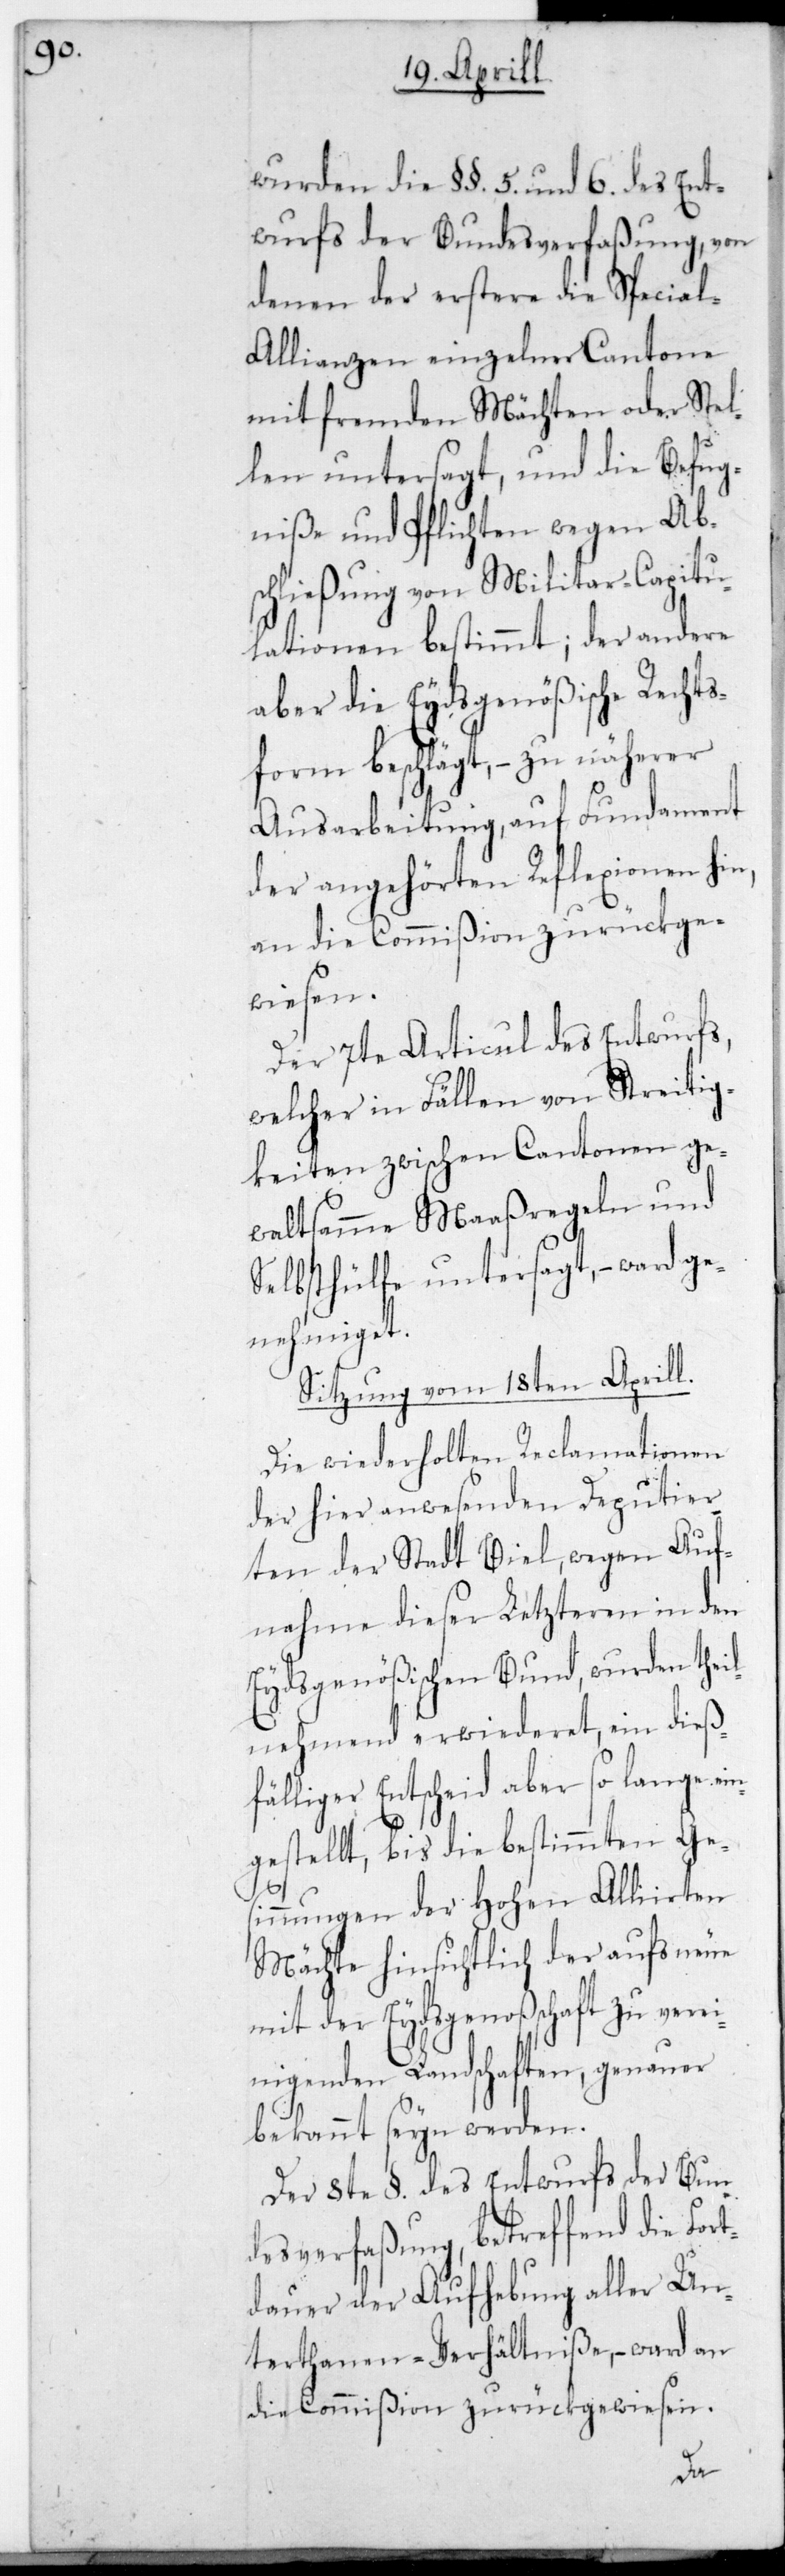
wurden die §§. 5. und 6. des Ent¬
wurfs der Bundesverfaßung, von
denen der erstere die Specia¬
l-Allianzen einzelner Cantone
mit fremden Mächten oder Stel¬
len untersagt, und die Befug¬
niße und Pflichten wegen Ab¬
schließung von Militär-Capitu¬
lationen bestimmt, der andere
aber die Eydsgenößische Rechts¬
form beschlägt, – zu näherer
Ausarbeitung, auf Fundament
der angehörten Reflexionen hin,
an die Commißion zurückge¬
wiesen.
Der 7te Articul des Entwurfs,
welcher in Fällen von Streitig¬
keiten zwischen Cantonen ge¬
waltsamme Maaßregeln und
Selbsthülfe untersagt, – ward ge¬
nehmiget.
Sitzung vom 18ten Aprill.
Die wiederholten Reclamationen
der hier anwesenden Deputier¬
ten der Stadt Biel, wegen Auf¬
nahme dieser letzteren in den
Eydsgenößischen Bund, wurden thei¬
lnehmend erwiederet, ein dieß¬
fälliger Entscheid aber so lange ein¬
gestellt, bis die bestimmten Ge¬
sinnungen der Hohen Alliirten
Mächte hinsichtlich der aufs Neue
mit der Eydsgenoßenschaft zu vere¬
inigenden Landschaften, genauer
bekannt sein werden.
Der 8te §. des Entwurfs der Bun¬
desverfaßung betreffend die Fort¬
dauer der Aufhebung aller Un¬
terthanen-Verhältniße, – ward an
die Commißion zurückgewiesen.